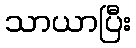
သာယာပြီး